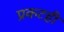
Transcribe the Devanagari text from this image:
प्रकटही